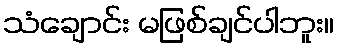
သံချောင်း မဖြစ်ချင်ပါဘူး။